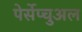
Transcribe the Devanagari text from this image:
पेर्सेप्चुअल